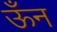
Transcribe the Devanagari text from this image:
ऊँन